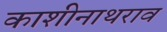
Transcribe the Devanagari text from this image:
काशीनाथराव